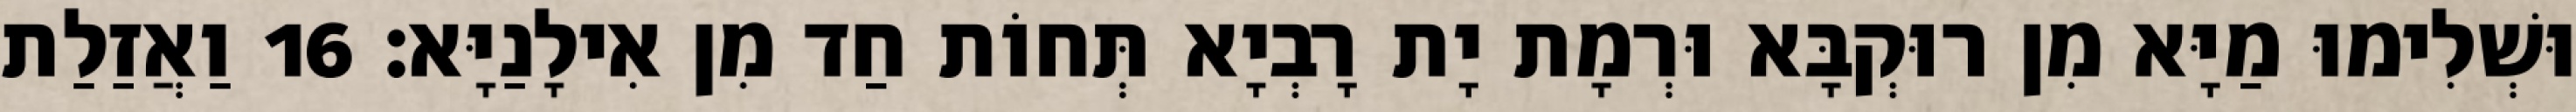
וּשְׁלִימוּ מַיָּא מִן רוּקְבָּא וּרְמָת יָת רָבְיָא תְּחוֹת חַד מִן אִילָנַיָּא׃ 16 וַאֲזַלַת